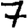
Digit: 7